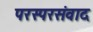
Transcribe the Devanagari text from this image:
परस्परसंवाद